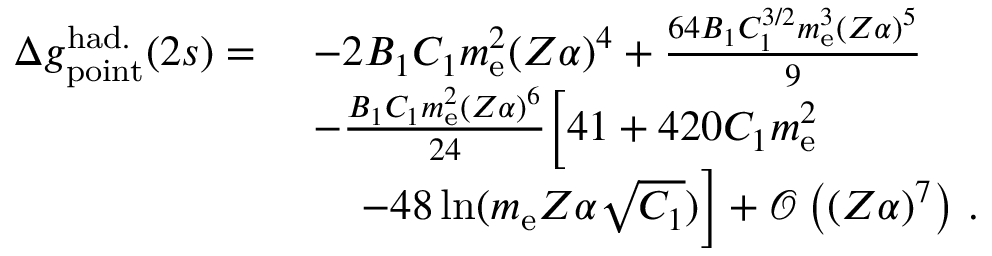
\begin{array} { r l } { \Delta { g } _ { \mathrm { p o i n t } } ^ { \mathrm { h a d . } } ( 2 s ) = \ } & { - 2 B _ { 1 } C _ { 1 } m _ { \mathrm { e } } ^ { 2 } ( Z \alpha ) ^ { 4 } + \frac { 6 4 B _ { 1 } C _ { 1 } ^ { 3 / 2 } m _ { \mathrm { e } } ^ { 3 } ( Z \alpha ) ^ { 5 } } { 9 } } \\ & { - \frac { B _ { 1 } C _ { 1 } m _ { \mathrm { e } } ^ { 2 } ( Z \alpha ) ^ { 6 } } { 2 4 } \Big [ 4 1 + 4 2 0 C _ { 1 } m _ { \mathrm { e } } ^ { 2 } } \\ & { \left. \quad - 4 8 \ln ( m _ { \mathrm { e } } Z \alpha \sqrt { C _ { 1 } } ) \right] + \mathcal { O } \left( ( Z \alpha ) ^ { 7 } \right) \, . } \end{array}